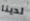
لدينا